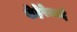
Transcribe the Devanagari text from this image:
शेहेरेज़ादे